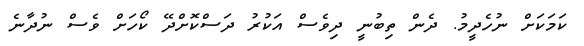
ކަމަކަށް ނުހެދީމު. ދެން ތިބުނީ ދިވެސް އަކުރު ދަސްކޮށްދޭ ކޯހަށް ވެސް ނުދާނެ